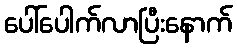
ပေါ်ပေါက်လာပြီးနောက်